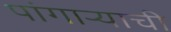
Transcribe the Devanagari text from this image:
पांगाऱ्याची